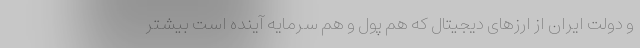
و دولت ایران از ارزهای دیجیتال که هم پول و هم سرمایه آینده است بیشتر